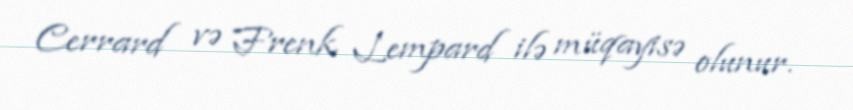
Cerrard və Frenk Lempard ilə müqayisə olunur.